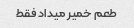
طعم خمیر میداد فقط